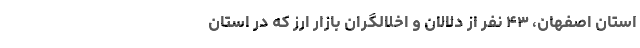
استان اصفهان، ۴۳ نفر از دلالان و اخلالگران بازار ارز که در استان